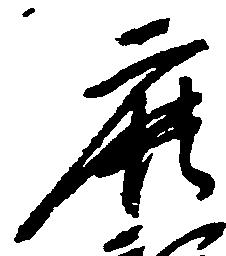
鹿